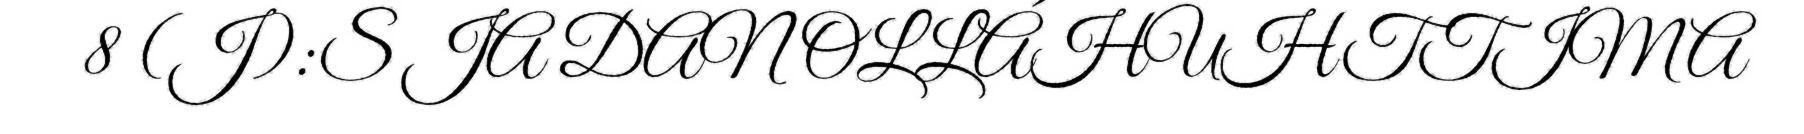
8 (J):S JA DAN OLLÁHUHTTIMA